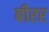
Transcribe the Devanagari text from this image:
बीरर